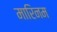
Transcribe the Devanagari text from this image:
मारिनम